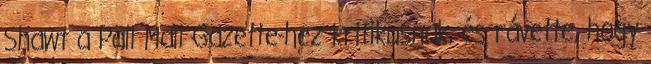
Shawt a Pall Mall Gazette-hez kritikusnak, és rávette, hogy